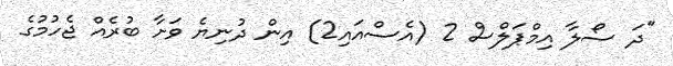
"ދަ ސޯލާ އިމްޕަލްސް 2 (އެސްއައި2) އިން ދުނިޔެ ވަށާ ބުރެއް ޖެހުމުގެ